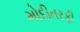
મોદીતરફી